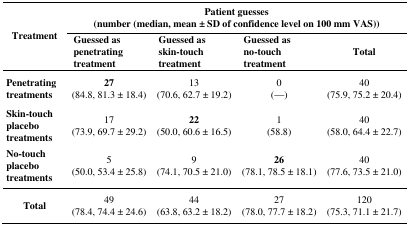
| <ROWSPAN=2> Treatment | <COLSPAN=4> Patient guesses (number (median, mean ± SD of confidence level on 100 mm VAS)) |
 | Guessed as penetrating treatment | Guessed as skin-touch treatment | Guessed as no-touch treatment | Total |
 | --- | --- | --- | --- | --- |
 | Penetrating treatments | 27 (84.8, 81.3 ± 18.4) | 13 (70.6, 62.7 ± 19.2) | 0 (—) | 40 (75.9, 75.2 ± 20.4) |
 | Skin-touch placebo treatments | 17 (73.9, 69.7 ± 29.2) | 22 (50.0, 60.6 ± 16.5) | 1 (58.8) | 40 (58.0, 64.4 ± 22.7) |
 | No-touch placebo treatments | 5 (50.0, 53.4 ± 25.8) | 9 (74.1, 70.5 ± 21.0) | 26 (78.1, 78.5 ± 18.1) | 40 (77.6, 73.5 ± 21.0) |
 | Total | 49 (78.4, 74.4 ± 24.6) | 44 (63.8, 63.2 ± 18.2) | 27 (78.0, 77.7 ± 18.2) | 120 (75.3, 71.1 ± 21.7) |